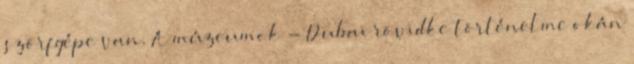
szörfgépe van. A múzeumok - Dubai rövidke történelme okán